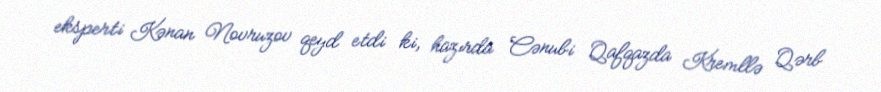
eksperti Kənan Novruzov qeyd etdi ki, hazırda Cənubi Qafqazda Kremllə Qərb